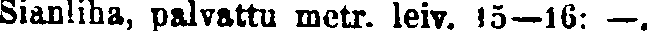
Sianliha, palvattu metr. leiv. 15—16: —.